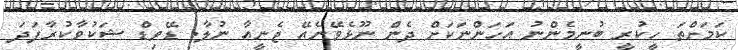
ކަމަށްތަ ހީކުރީ ބުނީމެންނު އަހަންނަކަށް ދެން ނޫޅެވޭނެއޭ ޖެނީއާ ނުލާ. ޑޭވިޑް ޝަކުވާކުރާފަދަ